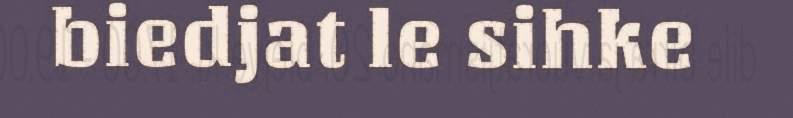
biedjat le sihke